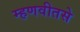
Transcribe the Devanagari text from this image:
म्हणवीतसे